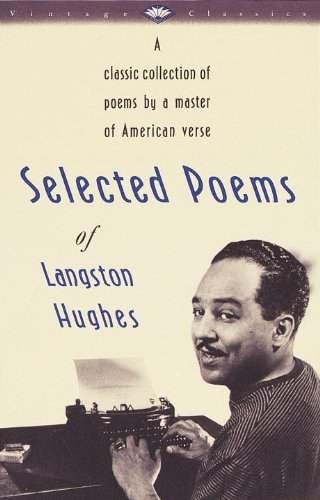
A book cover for Selected Poems of Langston Hughes (Vintage Classics); Langston Hughes; Literature & Fiction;